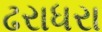
ઢરાધરા